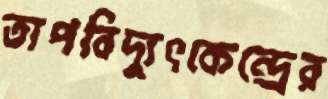
তাপবিদ্যুৎকেন্দ্রের